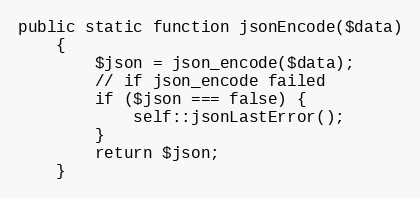
Language: PHP
public static function jsonEncode($data)
    {
        $json = json_encode($data);
        // if json_encode failed
        if ($json === false) {
            self::jsonLastError();
        }
        return $json;
    }